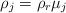
LaTeX: \begin{align*} \rho_j=\rho_r\mu_j \end{align*}